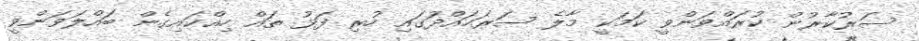
ސަރުކާރުން ކުރައްވަންވީ ކަމަކީ މާލެ ސަރަހައްދުަގައި ހުރި ފަޅު ތައް ހިއްކައިގެން ބައްލަވަންވީ